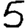
Digit: 5